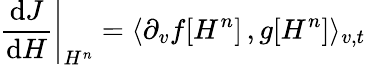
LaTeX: \left.\frac{\mathrm{d}J}{\mathrm{d}H}\right|_{H^{n}}=\langle\partial_{v}f[H^{n}]\, ,g[H^{n}]\rangle_{v,t}